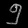
Digit: ၅